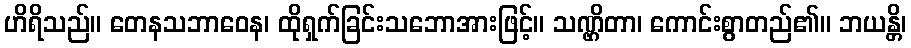
ဟိရိသည်။ တေနသဘာဝေန၊ ထိုရှက်ခြင်းသဘောအားဖြင့်။ သဏ္ဌိတာ၊ ကောင်းစွာတည်၏။ ဘယန္တိ၊